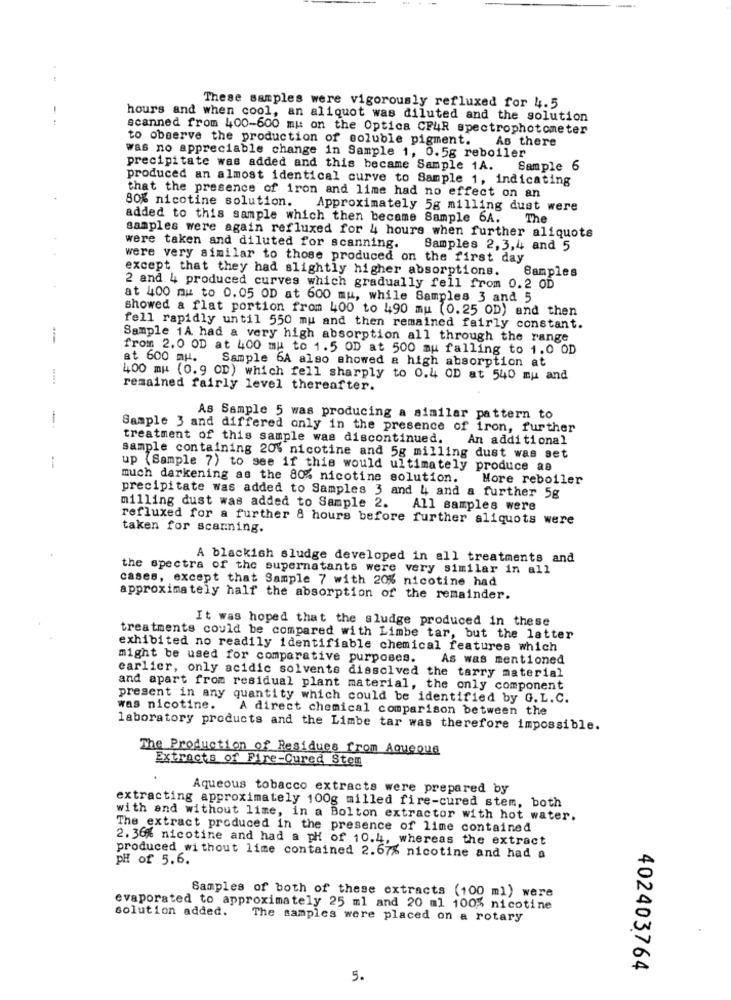
These samples were vigorously refluxed for 4.5
hours and when cool, an aliquot was diluted and the solution
scanned from 400-600 mu: on the Optica CF4R spectrophotometer
to observe the production of soluble pigment. As there
was no appreciable change in Sample 1, 0.5g reboiler
precipitate was added and this became Sample 1A. Sample 6
produced an almost identical curve to Sample 1, indicating
that the presence of iron and lime had no effect on an
80% nicotine solution. Approximately 5g milling dust were
added to this sample which then became Sample 6A.
The
samples were again refluxed for 4 hours when further aliquots
were taken and diluted for scanning.
Samples 2,3,4 and 5
were very similar to those produced on the first day
except that they had slightly higher absorptions. Samples
2 and 4 produced curves which gradually fell from 0.2 OD
at 400 mw to 0.05 OD at 600 mu, while Samples 3 and 5
showed a flat portion from 400 to 490 mu (0.25 OD) and then
fell rapidly until 550 mu and then remained fairly constant.
Sample 1A had a very high absorption all through the range
from 2.0 OD at 400 mu to 1.5 OD at 500 mu falling to 1.0 OD
at 600 mu. Sample 6A also showed a high absorption at
400 mw (0.9 OD) which fell sharply to 0.4 OD at 540 mu and
remained fairly level thereafter.
1
As Sample 5 was producing a similar pattern to
Sample 3 and differed only in the presence of iron, further
treatment of this sample was discontinued.
An additional
sample containing 20% nicotine and 5g milling dust was set
--
up (Sample 7) to see if this would ultimately produce as
much darkening as the 80% nicotine solution.
More reboiler
precipitate was added to Samples 3 and 4 and a further 5g
milling dust was added to Sample 2.
All samples were
refluxed for a further 8 hours before further aliquots were
taken for scanning.
A blackish sludge developed in all treatments and
the spectra of the supernatants were very similar in all
cases, except that Sample 7 with 20% nicotine had
approximately half the absorption of the remainder.
It was hoped that the sludge produced in these
treatments could be compared with Limbe tar, but the latter
exhibited no readily identifiable chemical features which
might be used for comparative purposes.
As was mentioned
earlier, only acidic solvents dissolved the tarry material
and apart from residual plant material, the only component
present in any quantity which could be identified by G. L.C.
was nicotine.
A direct chemical comparison between the
laboratory products and the Limbe tar was therefore impossible.
The Production of Residues from AQuepue
Extracts of Fire-Cured Stem
Aqueous tobacco extracts were prepared by
extracting approximately 100g milled fire-cured stem, both
with and without lime, in a Bolton extractor with hot water.
The extract produced in the presence of lime contained
2. 36% nicotine and had a pH of 10.4, whereas the extract
produced without lime contained 2.67% nicotine and had a
PH of 5.6.
Samples of both of these extracts (100 ml) were
solution added.
evaporated to approximately 25 ml and 20 ml 100% nicotine
The samples were placed on a rotary
402403764
5.